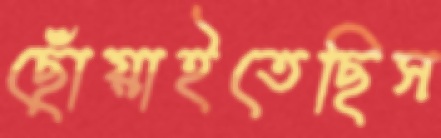
ছোঁয়াইতেছিস